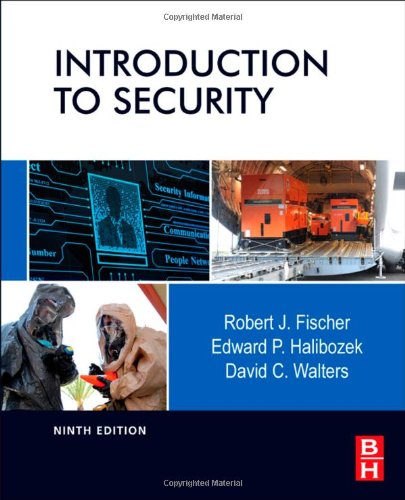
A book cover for Introduction to Security, Ninth Edition; Robert Fischer Ph.D.; Law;